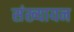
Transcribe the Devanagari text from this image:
संख्यायन